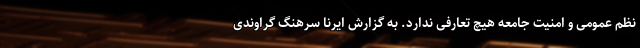
نظم عمومی و امنیت جامعه هیچ تعارفی ندارد. به گزارش ایرنا سرهنگ گراوندی